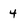
Character: 4